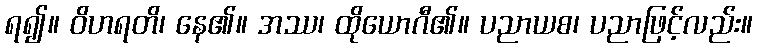
ရ၍။ ဝိဟရတိ၊ နေ၏။ အဿ၊ ထိုယောဂီ၏။ ပညာယစ၊ ပညာဖြင့်လည်း။